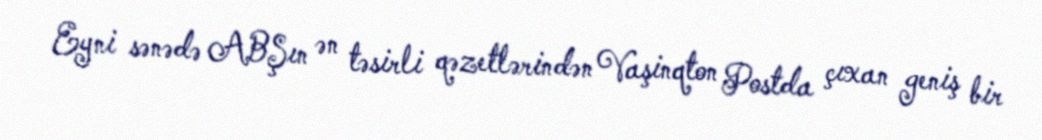
Eyni sənədə ABŞın ən təsirli qəzetlərindən Vaşinqton Postda çıxan geniş bir